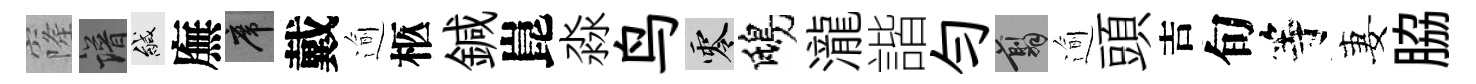
窿譜緘廡席戴逾柩鍼崑淼鸟零鴟瀧諧勻翦逾頭吉旬等妻脇